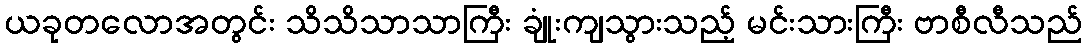
ယခုတလောအတွင်း သိသိသာသာကြီး ချုံးကျသွားသည့် မင်းသားကြီး ဗာစီလီသည်